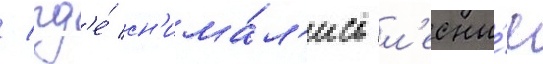
/ гд'е́ сн'има́л'ись л'есны́е